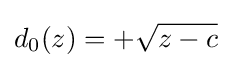
d_{0}(z)=+{\sqrt {z-c}}